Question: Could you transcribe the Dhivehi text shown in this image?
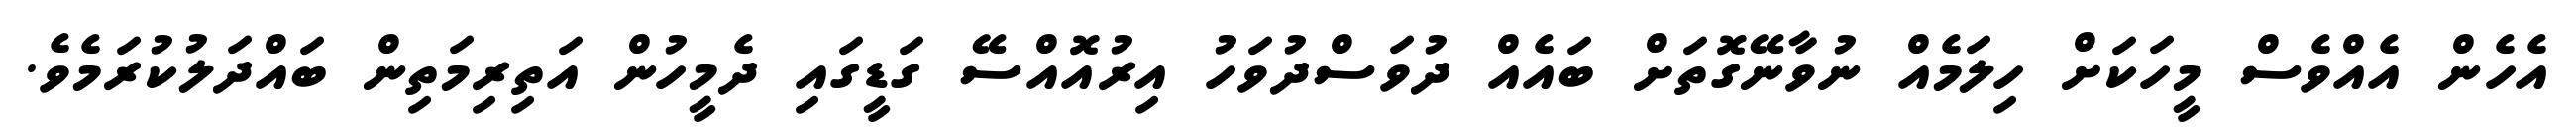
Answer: އެހެން އެއްވެސް މީހަކަށް ހިލަމެއް ނުވާނޭގޮތަށް ބައެއް ދުވަސްދުވަހު އިރުއޮއްސޭ ގަޑީގައި ދެމީހުން އަތިރިމަތިން ބައްދަލުކުރަމެވެ.